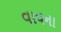
વાવના